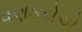
વણકરોએ